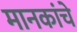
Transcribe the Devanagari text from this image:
मानकांचे